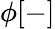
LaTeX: \phi[-]